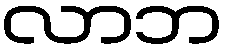
လာဘ